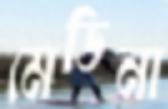
মেডিনা